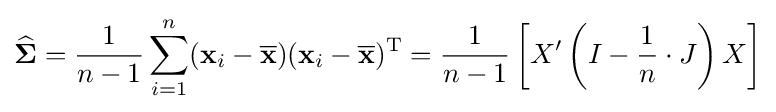
{\widehat {\boldsymbol {\Sigma }}}={\frac {1}{n-1}}\sum _{i=1}^{n}(\mathbf {x} _{i}-{\overline {\mathbf {x} }})(\mathbf {x} _{i}-{\overline {\mathbf {x} }})^{\rm {T}}={\frac {1}{n-1}}\left[X'\left(I-{\frac {1}{n}}\cdot J\right)X\right]